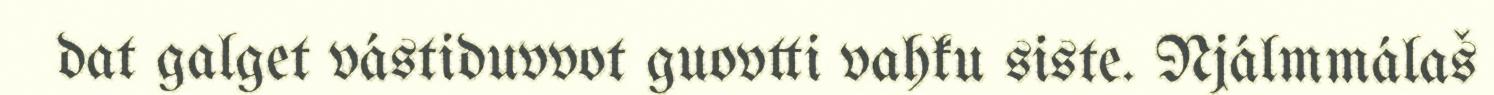
dat galget vástiduvvot guovtti vahku siste. Njálmmálaš